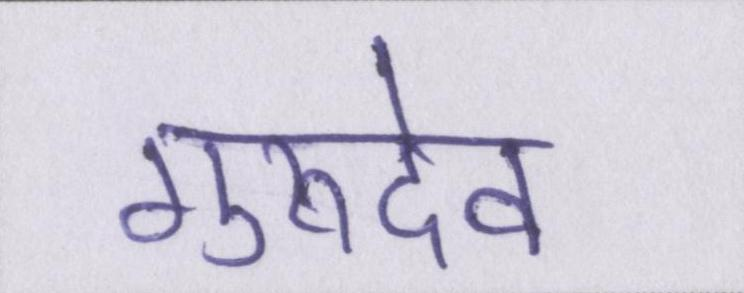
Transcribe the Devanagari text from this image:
गुरुदेव